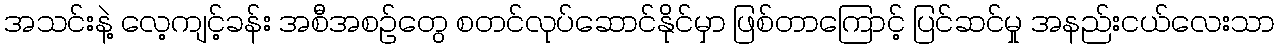
အသင်းနဲ့ လေ့ကျင့်ခန်း အစီအစဉ်တွေ စတင်လုပ်ဆောင်နိုင်မှာ ဖြစ်တာကြောင့် ပြင်ဆင်မှု အနည်းငယ်လေးသာ